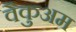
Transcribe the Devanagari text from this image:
वैकुअम